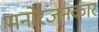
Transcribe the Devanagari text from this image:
मनोरंजनकार